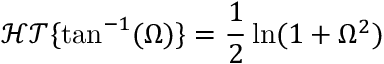
\mathcal { H T } \{ \tan ^ { - 1 } ( \Omega ) \} = \frac { 1 } { 2 } \ln ( 1 + \Omega ^ { 2 } )